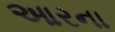
આરના